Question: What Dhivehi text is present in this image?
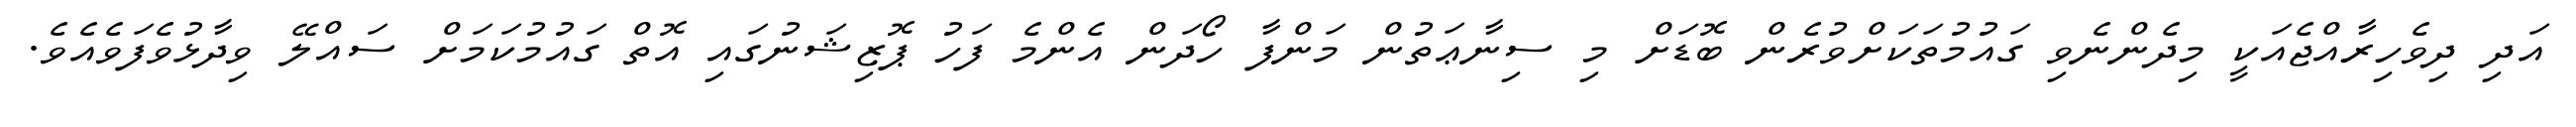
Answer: އަދި ދިވެހިރާއްޖެއަކީ މިދެންނެވި ގައުމުތަކަށްވުރެން ބޮޑަށް މި ސިނާޢަތުން މަންފާ ހޯދަން އެންމެ ފަހު ޕޮޒިޝަނުގައި އޮތް ގައުމުކަމަށް ސައްލޭ ވިދާޅުވެފަވެއެވެ.